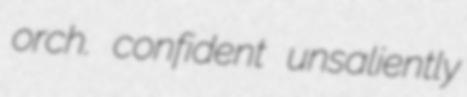
orch. confident unsaliently